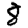
Digit: 8